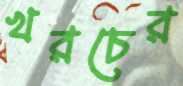
খরচের